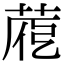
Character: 𦴱